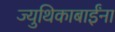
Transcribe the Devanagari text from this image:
ज्युथिकाबाईंना